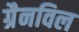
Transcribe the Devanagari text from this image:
ग्रैनविल